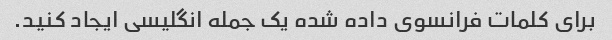
برای کلمات فرانسوی داده شده یک جمله انگلیسی ایجاد کنید.